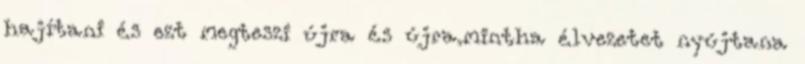
hajítani és ezt megteszi újra és újra.mintha élvezetet nyújtana